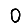
Digit: 0